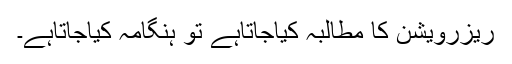
ریزرویشن کا مطالبہ کیاجاتاہے تو ہنگامہ کیاجاتاہے۔